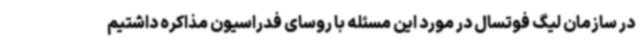
در سازمان لیگ فوتسال در مورد این مسئله با روسای فدراسیون مذاکره داشتیم